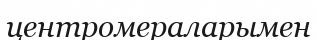
центромераларымен